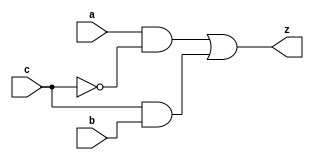
module yMux1(z, a, b, c); 
output z; 
input a, b, c; 
wire notC, upper, lower; 

not my_not(notC, c); 
and upperAnd(upper, a, notC); 
and lowerAnd(lower, c, b); 
or my_or(z, upper, lower); 

endmodule 
module yMux(z, a, b, c); 

parameter SIZE = 2;
output [SIZE-1:0] z; 
input [SIZE-1:0] a, b; 
input c; 

yMux1 mine[SIZE-1:0](z, a, b, c); 


endmodule 
module yMux4to1(z, a0,a1,a2,a3, c); 

parameter SIZE = 2; 
output [SIZE-1:0] z; 
input [SIZE-1:0] a0, a1, a2, a3; 
input [1:0] c; 
wire [SIZE-1:0] zLo, zHi; 

yMux #(SIZE) lo(zLo, a0, a1, c[0]); 
yMux #(SIZE) hi(zHi, a2, a3, c[0]); 
yMux #(SIZE) final(z, zLo, zHi, c[1]); 

endmodule 
module yAdder1(z, cout, a, b, cin); 
output z, cout; 
input a, b, cin; 

xor left_xor(tmp, a, b); 
xor right_xor(z, cin, tmp); 
and left_and(outL, a, b); 
and right_and(outR, tmp, cin); 
or my_or(cout, outR, outL); 

endmodule 
module yAdder(z, cout, a, b, cin); 

output [31:0] z; 
output cout; 
input [31:0] a, b; 
input cin; 
wire[31:0] in, out; 

yAdder1 mine[31:0](z, out, a, b, in); 
assign in[0] = cin; 
assign in[31:1] = out[30:0];
assign cout = out[31]; 

endmodule
module yArith(z, cout, a, b, ctrl); 
// add if ctrl=0, subtract if ctrl=1
output [31:0] z; 
output cout; 
input [31:0] a, b; 
input ctrl; 
wire[31:0] notB, tmp; 
wire cin; 
// instantiate the components and connect them 
// Hint: about 4 lines of code 

not notting[31:0](notB, b);
yMux #(32) control(tmp, b, notB, ctrl); 
yAdder adder(z, cout, a, tmp, ctrl); 

endmodule 
module yAlu(z, ex, a, b, op);
input [31:0] a, b;
input [2:0] op;
output [31:0] z;
output ex;
wire [31:0] arith_z, and_z, or_z, slt_z;
wire [15:0] or16;
wire [7:0] or8;
wire [3:0] or4;
wire [1:0] or2;
wire cout;

//assign slt_z[31:1] = 0;
assign slt_z = (a[31] ^ b[31]) ? a[31] : arith_z[31];
and my_and[31:0] (and_z, a, b);
or my_or[31:0] (or_z, a, b);
//not my_nor[31:0] (nor_z, or_z, 32'b11111111111111111111111111111111);

or or_16[15:0]	(or16,	z[31:16],	z[15:0]);
or or_8[7:0]	(or8,	or16[15:8],	or16[7:0]);
or or_4[3:0]	(or4,	or8[7:4],	or8[3:0]);
or or_2[1:0]	(or2,	or4[3:2],	or4[1:0]);
nor nor_1		(ex,	or2[1],		or2[0]);

//assign ex = ~(|z);

yArith my_arith(arith_z, cout, a, b, op[2]);
yMux4to1 #(32) my_mux(z, and_z, or_z, arith_z, slt_z, op[1:0]);

endmodule